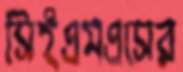
সিইএমএসের